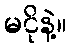
မငိုနဲ့။